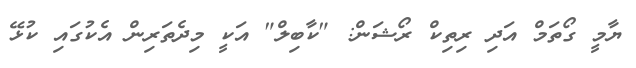
ޔާމީ ގޯތަމް އަދި ރިތިކް ރޯޝަން: "ކާބިލް" އަކީ މިދެތަރިން އެކުގައި ކުޅޭ